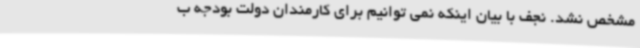
مشخص نشد. نجف با بیان اینکه نمی توانیم برای کارمندان دولت بودجه ب